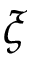
\xi